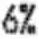
6%